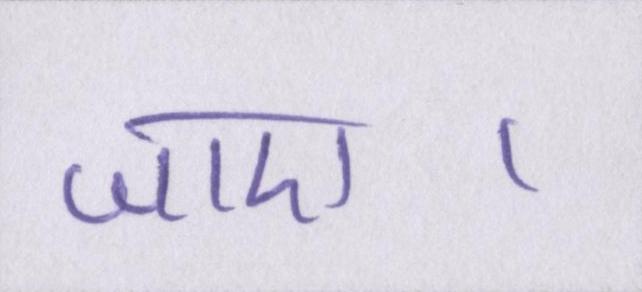
जाए।